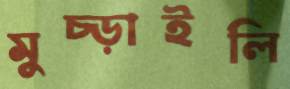
মুচ্‌ড়াইলি